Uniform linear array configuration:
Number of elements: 24
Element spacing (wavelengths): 0.25
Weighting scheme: hamming
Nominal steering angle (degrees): -15
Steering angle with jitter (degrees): -16.987
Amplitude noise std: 0.05
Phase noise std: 0.05

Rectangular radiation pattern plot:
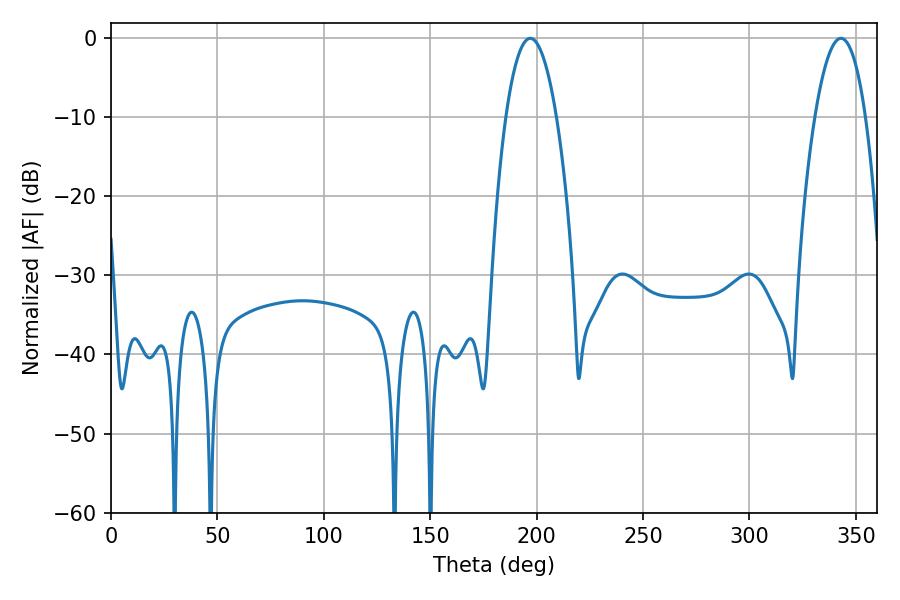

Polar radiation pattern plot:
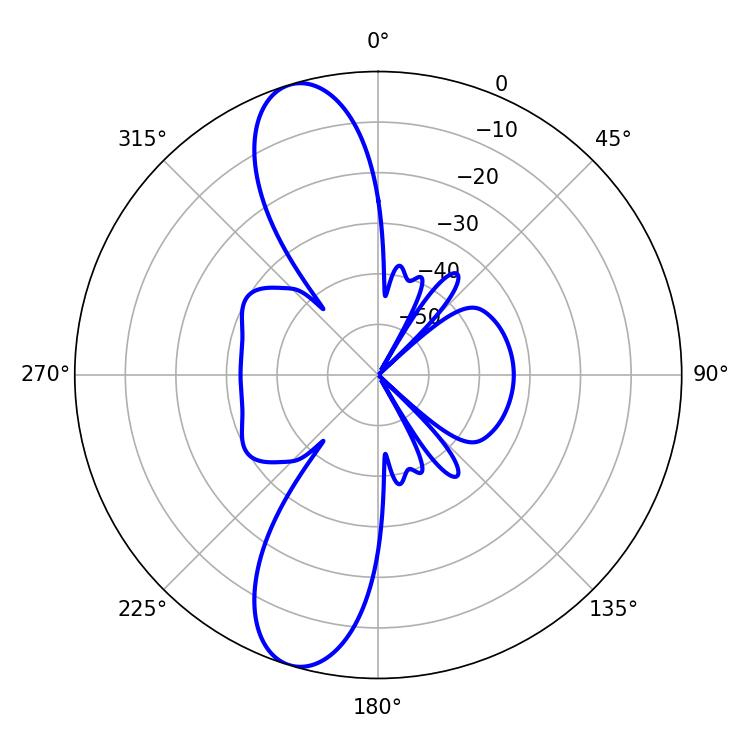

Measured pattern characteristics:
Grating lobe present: FALSE
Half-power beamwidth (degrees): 13.14
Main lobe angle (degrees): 196.92